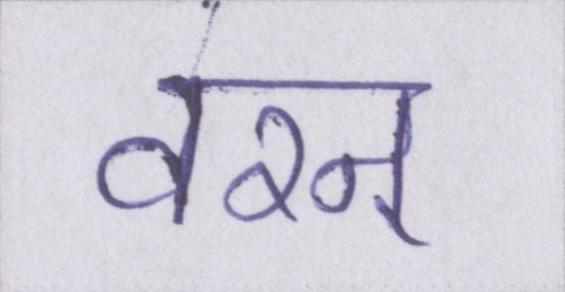
वरन्